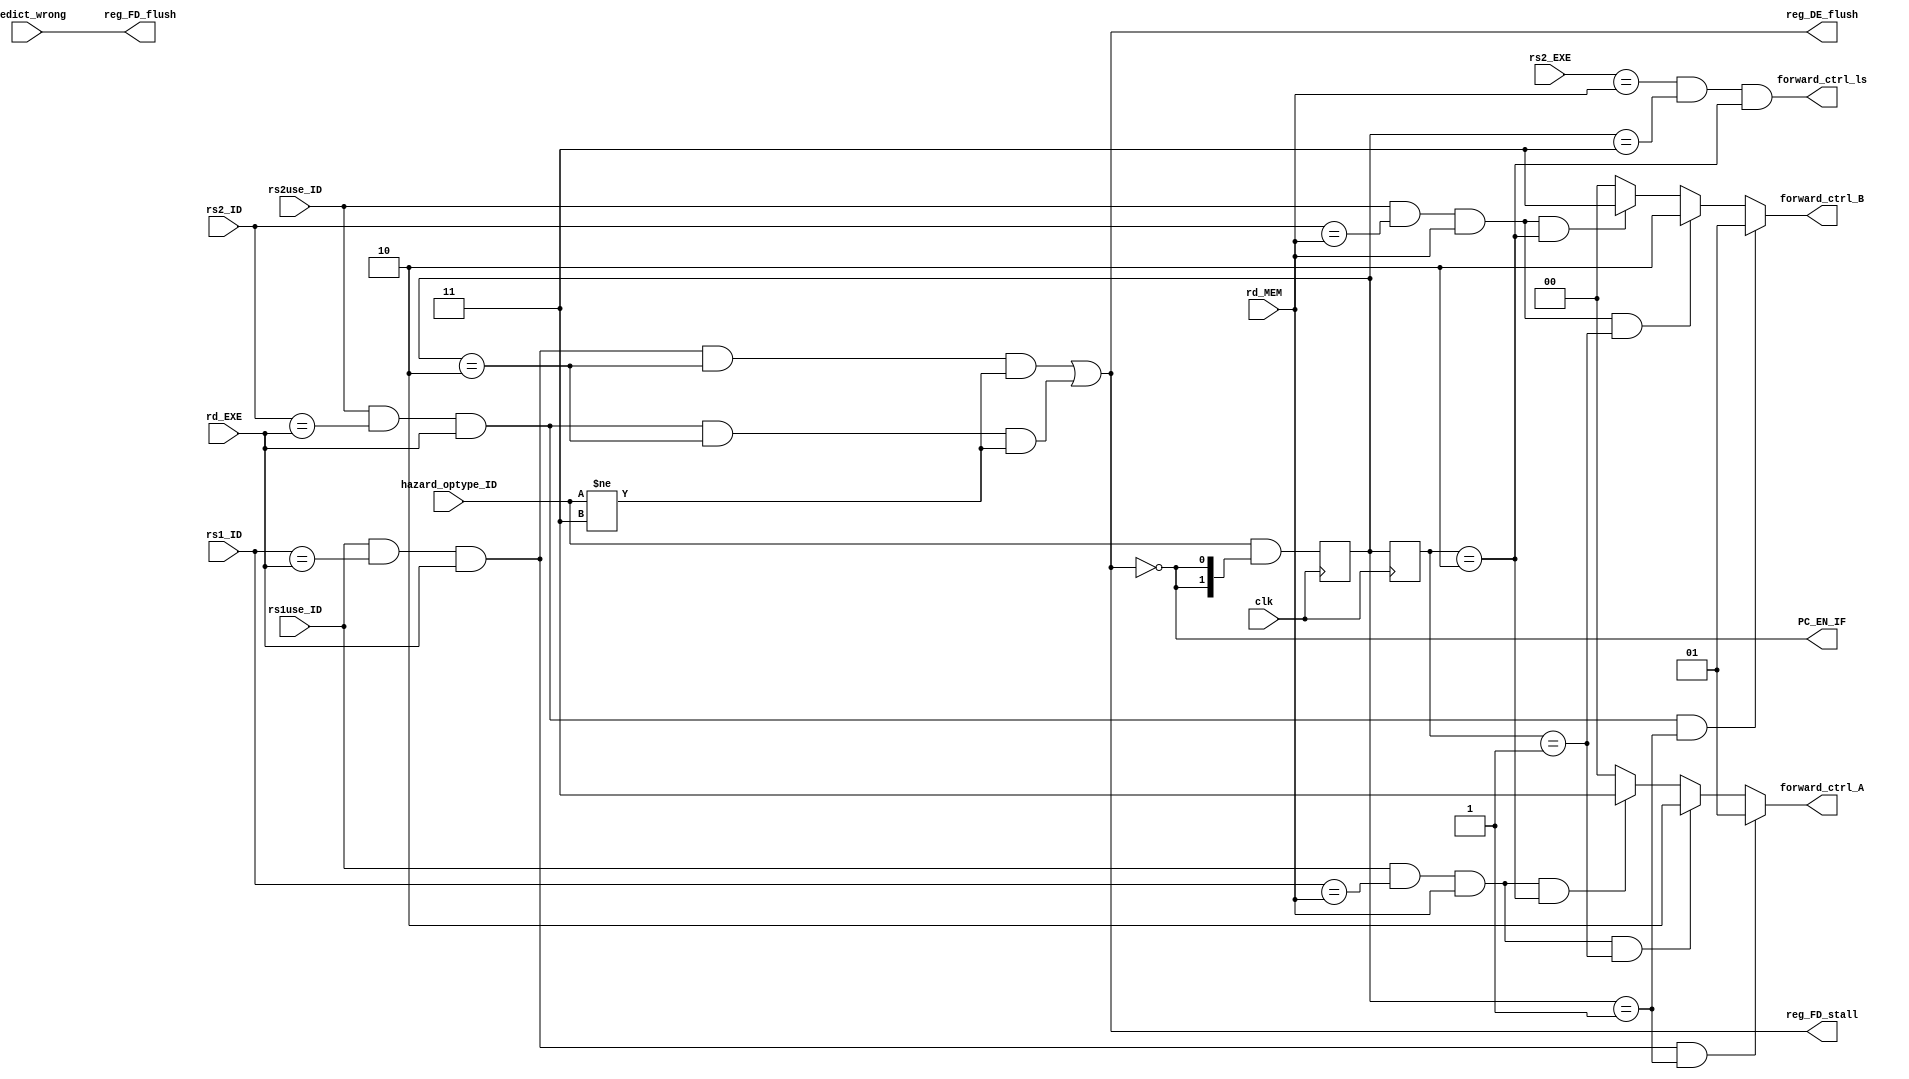
`timescale 1ps/1ps

module HazardDetectionUnit(
    input clk,
    input predict_wrong, rs1use_ID, rs2use_ID,
    input[1:0] hazard_optype_ID,
    input[4:0] rd_EXE, rd_MEM, rs1_ID, rs2_ID, rs2_EXE,
    output PC_EN_IF, reg_FD_stall, reg_FD_flush, reg_DE_flush,
    output forward_ctrl_ls,
    output[1:0] forward_ctrl_A, forward_ctrl_B
);

    reg[1:0] hazard_optype_EXE, hazard_optype_MEM;
    always@(posedge clk) begin
        hazard_optype_MEM <= hazard_optype_EXE;
        hazard_optype_EXE <= hazard_optype_ID & {2{~reg_DE_flush}};
    end

    localparam hazard_optype_ALU = 2'd1;
    localparam hazard_optype_LOAD = 2'd2;
    localparam hazard_optype_STORE = 2'd3;

    wire rs1_forward_1     = rs1use_ID && rs1_ID == rd_EXE && rd_EXE && hazard_optype_EXE == hazard_optype_ALU;
    wire rs1_forward_stall = rs1use_ID && rs1_ID == rd_EXE && rd_EXE && hazard_optype_EXE == hazard_optype_LOAD
                             && hazard_optype_ID != hazard_optype_STORE;
    wire rs1_forward_2     = rs1use_ID && rs1_ID == rd_MEM && rd_MEM && hazard_optype_MEM == hazard_optype_ALU;
    wire rs1_forward_3     = rs1use_ID && rs1_ID == rd_MEM && rd_MEM && hazard_optype_MEM == hazard_optype_LOAD;

    wire rs2_forward_1     = rs2use_ID && rs2_ID == rd_EXE && rd_EXE && hazard_optype_EXE == hazard_optype_ALU;
    wire rs2_forward_stall = rs2use_ID && rs2_ID == rd_EXE && rd_EXE && hazard_optype_EXE == hazard_optype_LOAD
                             && hazard_optype_ID != hazard_optype_STORE;
    wire rs2_forward_2     = rs2use_ID && rs2_ID == rd_MEM && rd_MEM && hazard_optype_MEM == hazard_optype_ALU;
    wire rs2_forward_3     = rs2use_ID && rs2_ID == rd_MEM && rd_MEM && hazard_optype_MEM == hazard_optype_LOAD;

    wire load_stall = rs1_forward_stall | rs2_forward_stall;

    assign PC_EN_IF = ~load_stall;
    assign reg_FD_stall = load_stall;
    assign reg_FD_flush = predict_wrong;
    assign reg_DE_flush = load_stall;

    assign forward_ctrl_A = rs1_forward_1 ?  2'd1 : rs1_forward_2 ?  2'd2 : rs1_forward_3 ?  2'd3 : 2'b0 ;
    assign forward_ctrl_B = rs2_forward_1 ?  2'd1 : rs2_forward_2 ?  2'd2 : rs2_forward_3 ?  2'd3 : 2'b0 ;
    
    /*assign forward_ctrl_A = {2{rs1_forward_1}} & 2'd1 |
                            {2{rs1_forward_2}} & 2'd2 |
                            {2{rs1_forward_3}} & 2'd3 ;

    assign forward_ctrl_B = {2{rs2_forward_1}} & 2'd1 |
                            {2{rs2_forward_2}} & 2'd2 |
                            {2{rs2_forward_3}} & 2'd3 ;
    */

    assign forward_ctrl_ls = rs2_EXE == rd_MEM && hazard_optype_EXE == hazard_optype_STORE
                            && hazard_optype_MEM == hazard_optype_LOAD;

endmodule